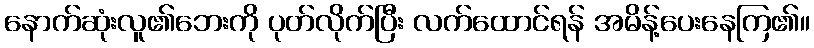
နောက်ဆုံးလူ၏ဘေးကို ပုတ်လိုက်ပြီး လက်ထောင်ရန် အမိန့်ပေးနေကြ၏။